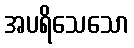
အပရိသေသော